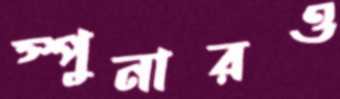
স্পুনারও